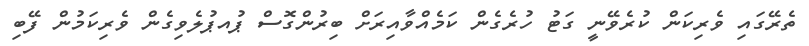
ތެރޭގައި ވެރިކަން ކުރެވޭނީ ގަޓު ހުރެގެން ކަމެއްވާއިރަށް ބިރުންގޮސް ޕުއޕުލެވިގެން ވެރިކަމުން ފޭބި